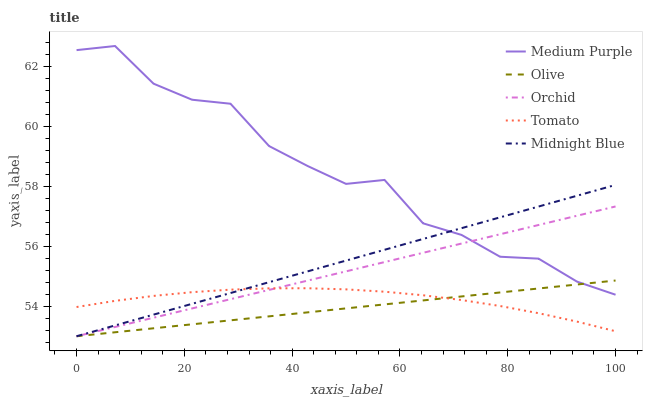
| xaxis_label | Medium Purple | Olive | Orchid | Tomato | Midnight Blue |
 | --- | --- | --- | --- | --- | --- |
 | 0 | 62.5 | 53 | 53 | 54 | 53 |
 | 7.14 | 62.7 | 53.1 | 53.3 | 54.2 | 53.4 |
 | 14.3 | 61.4 | 53.3 | 53.6 | 54.3 | 53.7 |
 | 21.4 | 60.9 | 53.4 | 53.9 | 54.5 | 54.1 |
 | 28.6 | 60.8 | 53.5 | 54.2 | 54.6 | 54.4 |
 | 35.7 | 59.3 | 53.7 | 54.5 | 54.6 | 54.8 |
 | 42.9 | 58.7 | 53.8 | 54.9 | 54.6 | 55.2 |
 | 50 | 58.1 | 53.9 | 55.2 | 54.6 | 55.5 |
 | 57.1 | 58.2 | 54.1 | 55.5 | 54.5 | 55.9 |
 | 64.3 | 56.8 | 54.2 | 55.8 | 54.4 | 56.2 |
 | 71.4 | 56.4 | 54.3 | 56.1 | 54.2 | 56.6 |
 | 78.6 | 55.7 | 54.5 | 56.4 | 54 | 57 |
 | 85.7 | 55.6 | 54.6 | 56.7 | 53.8 | 57.3 |
 | 92.9 | 54.8 | 54.7 | 57 | 53.5 | 57.7 |
 | 100 | 54.4 | 54.9 | 57.3 | 53.2 | 58 |